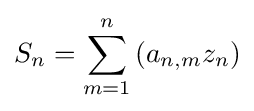
S_{n}=\sum _{m=1}^{n}{\left(a_{n,m}z_{n}\right)}